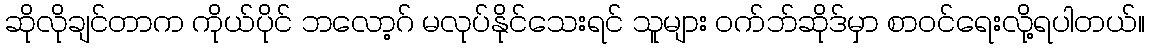
ဆိုလိုချင်တာက ကိုယ်ပိုင် ဘလော့ဂ် မလုပ်နိုင်သေးရင် သူများ ဝက်ဘ်ဆိုဒ်မှာ စာဝင်ရေးလို့ရပါတယ်။